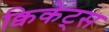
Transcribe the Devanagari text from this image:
क्विकेट्स